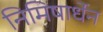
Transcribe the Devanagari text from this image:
निमिषार्धेन